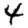
Digit: 4